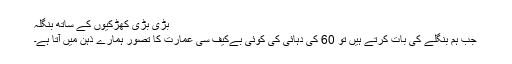
بڑی بڑی کھڑکیوں کے ساتھ بنگلہ
جب ہم بنگلے کی بات کرتے ہیں تو 60 کی دہائی کی کوئی بےکیف سی عمارت کا تصور ہمارے ذہن میں آتا ہے۔